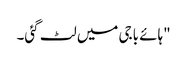
"ہائے باجی میں لٹ گئی۔